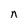
Character: n